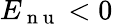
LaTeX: E_{\mathrm{~n~u~}}<0